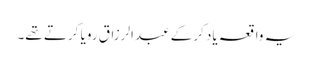
یہ واقعہ یاد کرکے عبدالرزاق رویا کرتے تھے۔